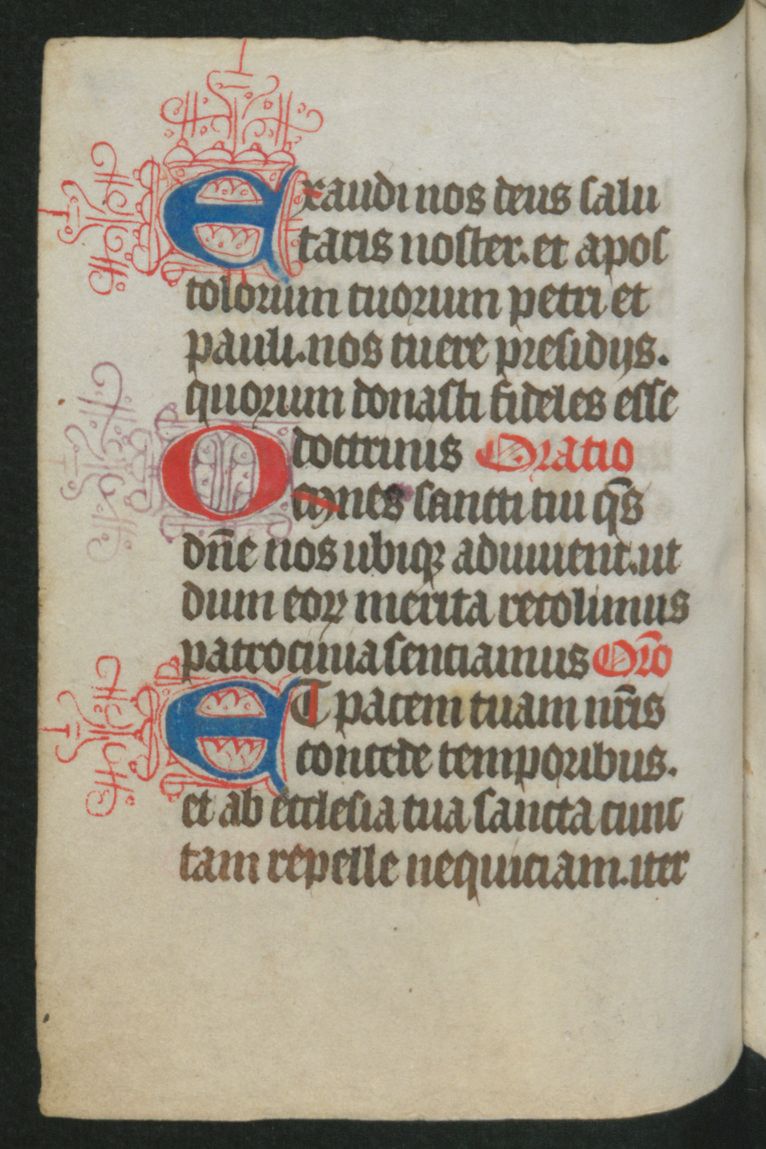
Shelfmark: Berlin, Staatsbibliothek, Hdschr. 25
Century: 15